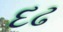
દઢ